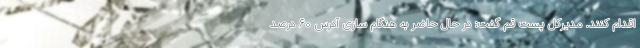
اقدام کنند. مدیرکل پست قم گفت: در حال حاضر به هنگام سازی آدرس ۶۰ درصد